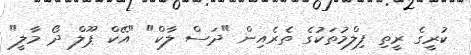
ކުރީގެ ރީތި ފިލްމުތަކުގެ ތެރެއިން "ދަސް ލާކް" "އޭކް ޕޫލް ދޯ މާލީ"